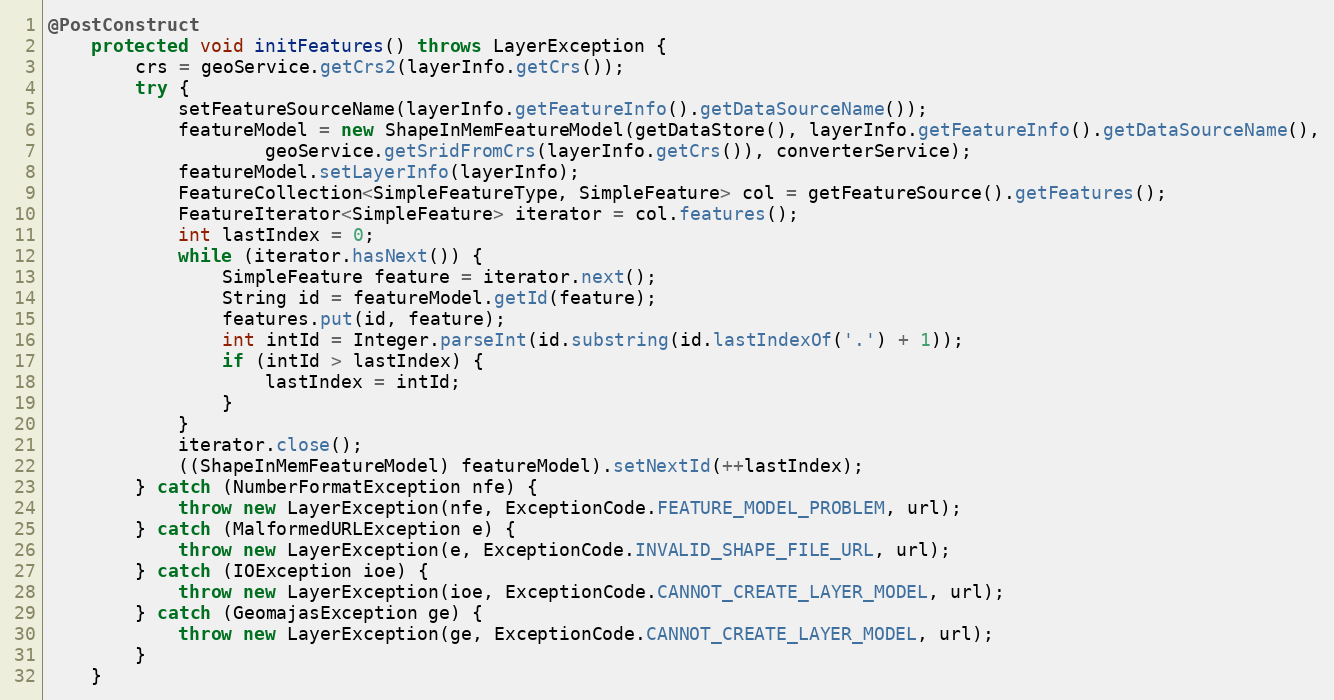
Language: Java
@PostConstruct
	protected void initFeatures() throws LayerException {
		crs = geoService.getCrs2(layerInfo.getCrs());
		try {
			setFeatureSourceName(layerInfo.getFeatureInfo().getDataSourceName());
			featureModel = new ShapeInMemFeatureModel(getDataStore(), layerInfo.getFeatureInfo().getDataSourceName(),
					geoService.getSridFromCrs(layerInfo.getCrs()), converterService);
			featureModel.setLayerInfo(layerInfo);
			FeatureCollection<SimpleFeatureType, SimpleFeature> col = getFeatureSource().getFeatures();
			FeatureIterator<SimpleFeature> iterator = col.features();
			int lastIndex = 0;
			while (iterator.hasNext()) {
				SimpleFeature feature = iterator.next();
				String id = featureModel.getId(feature);
				features.put(id, feature);
				int intId = Integer.parseInt(id.substring(id.lastIndexOf('.') + 1));
				if (intId > lastIndex) {
					lastIndex = intId;
				}
			}
			iterator.close();
			((ShapeInMemFeatureModel) featureModel).setNextId(++lastIndex);
		} catch (NumberFormatException nfe) {
			throw new LayerException(nfe, ExceptionCode.FEATURE_MODEL_PROBLEM, url);
		} catch (MalformedURLException e) {
			throw new LayerException(e, ExceptionCode.INVALID_SHAPE_FILE_URL, url);
		} catch (IOException ioe) {
			throw new LayerException(ioe, ExceptionCode.CANNOT_CREATE_LAYER_MODEL, url);
		} catch (GeomajasException ge) {
			throw new LayerException(ge, ExceptionCode.CANNOT_CREATE_LAYER_MODEL, url);
		}
	}